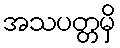
အသပတ္တမှိ